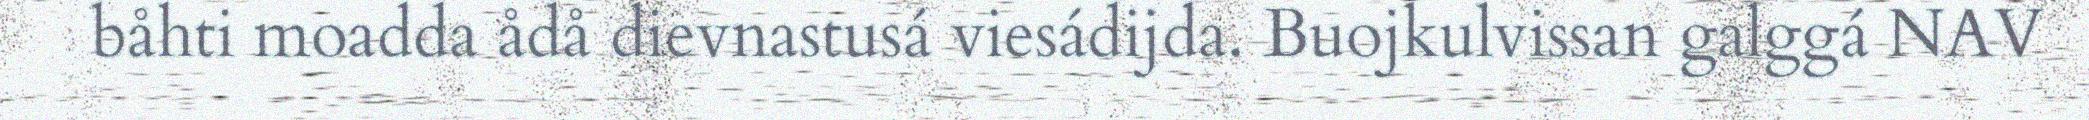
båhti moadda ådå dievnastusá viesádijda. Buojkulvissan galggá NAV